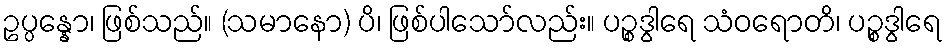
ဥပ္ပန္နော၊ ဖြစ်သည်။ (သမာနော) ပိ၊ ဖြစ်ပါသော်လည်း။ ပဉ္စဒွါရေ သံဝရောတိ၊ ပဉ္စဒွါရေ